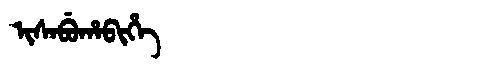
Manchu: ᡳᠰᠠᠪᡠᡥᠠᠪᡳᡥᡝ
Romanization: ISABUHABIHE